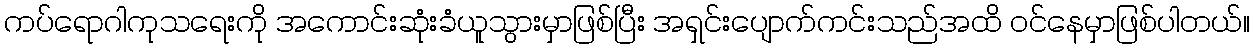
ကပ်ရောဂါကုသရေးကို အကောင်းဆုံးခံယူသွားမှာဖြစ်ပြီး အရှင်းပျောက်ကင်းသည်အထိ ဝင်နေမှာဖြစ်ပါတယ်။